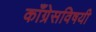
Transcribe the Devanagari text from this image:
काँग्रेसविषयी